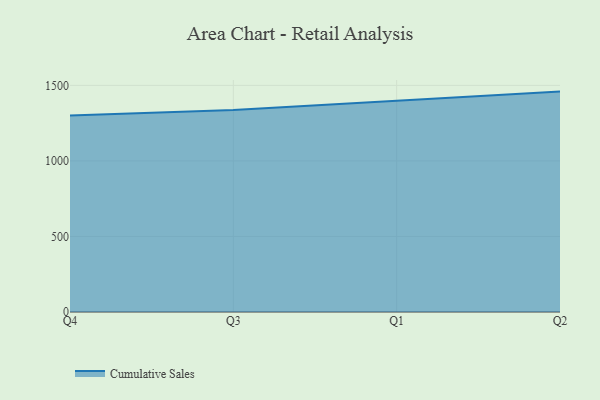
{"axis": {"x": "Quarter", "y": "LTV (USD)"}, "legend": ["Cumulative Sales"], "data": [{"x": "Q4", "y": 1300.5, "type": "Cumulative Sales"}, {"x": "Q3", "y": 1336.6, "type": "Cumulative Sales"}, {"x": "Q1", "y": 1397.5, "type": "Cumulative Sales"}, {"x": "Q2", "y": 1458.8, "type": "Cumulative Sales"}]}